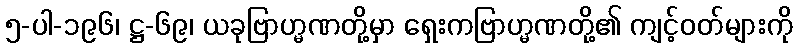
၅-ပါ-၁၉၆၊ ဋ္ဌ-၆၉၊ ယခုဗြာဟ္မဏတို့မှာ ရှေးကဗြာဟ္မဏတို့၏ ကျင့်ဝတ်များကို